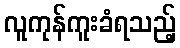
လူကုန်ကူးခံရသည့်